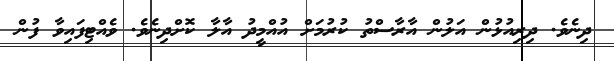
ދިނެވެ. ދިރިއުޅުން އަލުން އާރާސްތު ކުރުމަށް އުއްމީދު އާލާ ކޮށްދިނެވެ. ވެއްޓިފައިވާ ފުން